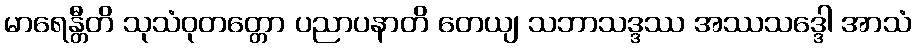
မာရေန္တီတိ သုသံဝုတတ္တော ပညာပနာတိ တေယျ သဘာသဒ္ဒဿ အဿသဒ္ဒေါ အာသံ